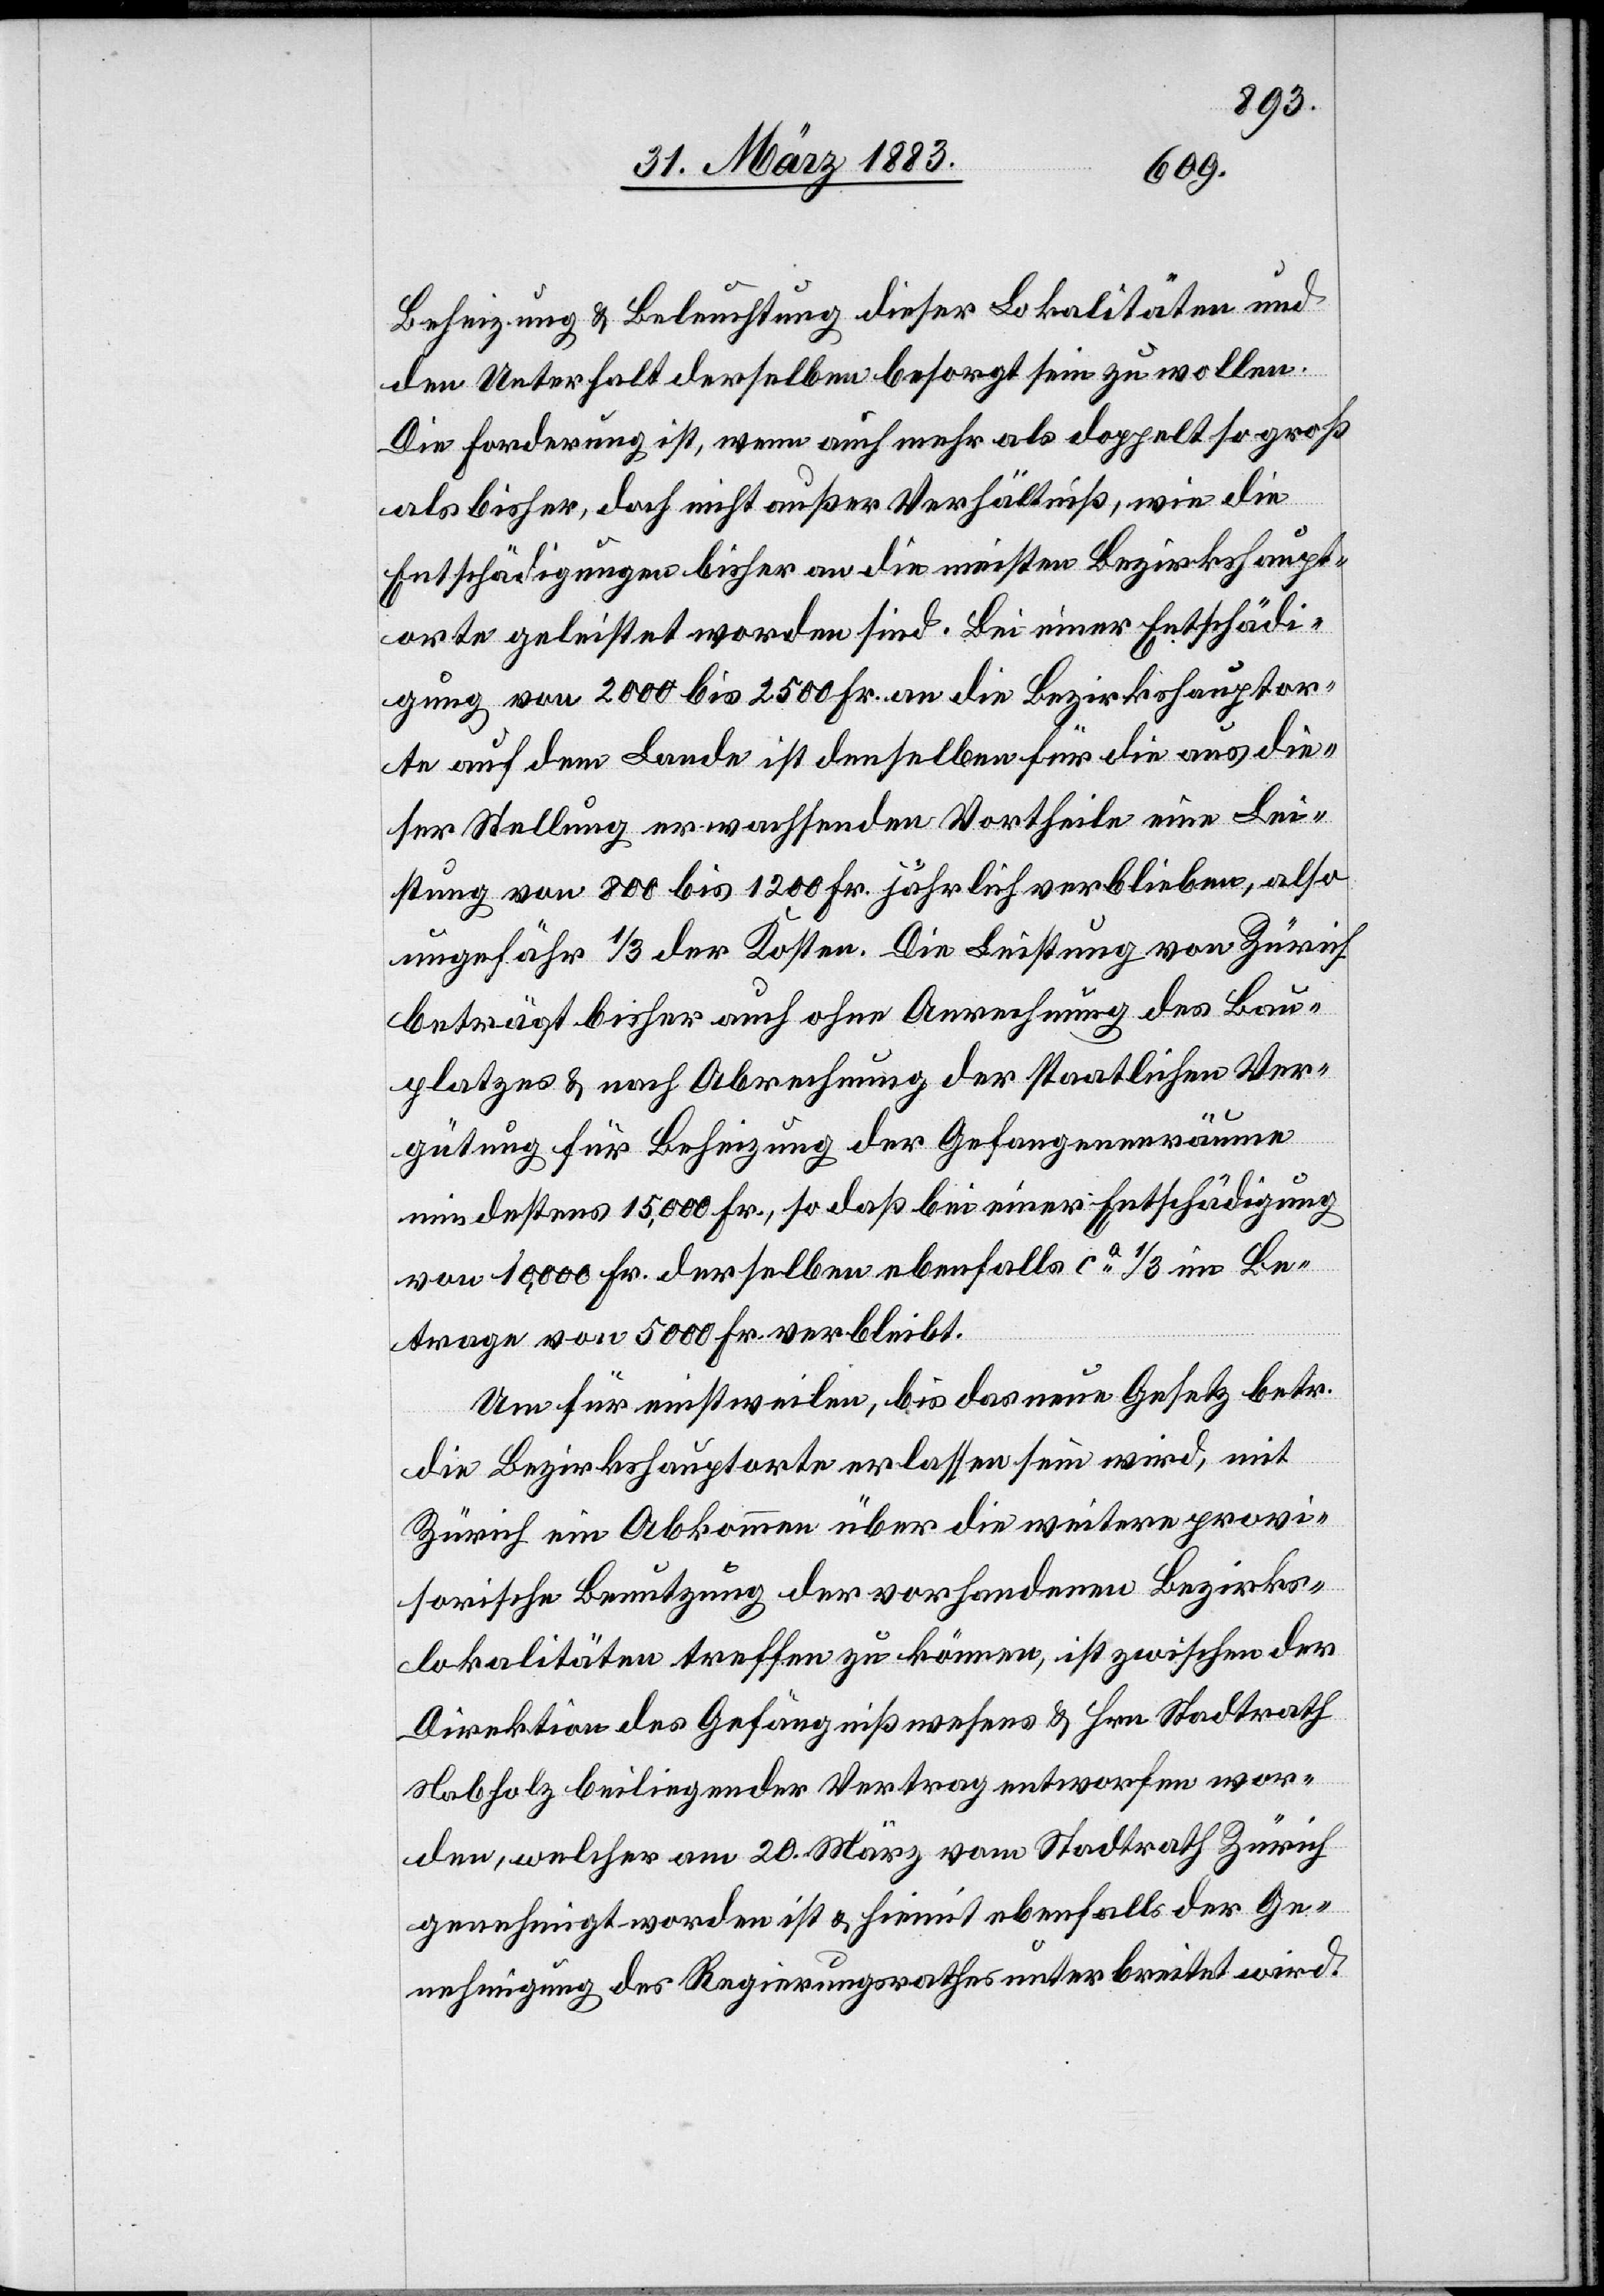
Beheizung & Beleuchtung dieser Lokalitäten und
den Unterhalt derselben besorgt sein zu wollen.
Die Forderung ist, wenn auch mehr als doppelt so groß
als bisher, doch nicht außer Verhältniß, wie die
Entschädigungen bisher an die meisten Bezirkshaupt¬
orte geleistet worden sind. Bei einer Entschädi¬
gung von 2000 bis 2500 Fr. an die Bezirkshauptor¬
te auf dem Lande ist denselben für die aus die¬
ser Stellung erwachsenden Vortheile eine Lei¬
stung von 800 bis 1200 Fr. jährlich verblieben, also
ungefähr 1/3 der Kosten. Die Leistung von Zürich
beträgt bisher auch ohne Anrechnung des Bau¬
platzes & nach Abrechnung der staatlichen Ver¬
gütung für Beheizung der Gefangenenräume
mindestens 15,000 Fr., so daß bei einer Entschädigung
von 10,000 Fr. derselben ebenfalls ca 1/3 im Be¬
trage von 5000 Fr. verbleibt.
Um für einstweilen, bis das neue Gesetz betr.
die Bezirkshauptorte erlassen sein wird, mit
Zürich ein Abkommen über die weitere provi¬
sorische Benutzung der vorhandenen Bezirks¬
lokalitäten treffen zu können, ist zwischen der
Direktion des Gefängnißwesens & Hrn. Stadtrath
Nabholz beiliegender Vertrag entworfen wor¬
den, welcher am 20. März vom Stadtrath Zürich
genehmigt worden ist & hiemit ebenfalls der Ge¬
nehmigung des Regierungsrathes unterbreitet wird.